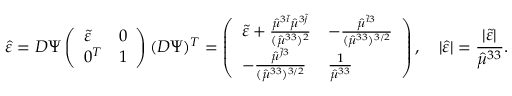
\hat { \varepsilon } = D \Psi \left( \begin{array} { l l } { \tilde { \varepsilon } } & { 0 } \\ { 0 ^ { T } } & { 1 } \end{array} \right) ( D \Psi ) ^ { T } = \left( \begin{array} { l l } { \tilde { \varepsilon } + \frac { \hat { \mu } ^ { 3 \tilde { i } } \hat { \mu } ^ { 3 \tilde { j } } } { ( \hat { \mu } ^ { 3 3 } ) ^ { 2 } } } & { - \frac { \hat { \mu } ^ { \tilde { i } 3 } } { ( \hat { \mu } ^ { 3 3 } ) ^ { 3 / 2 } } } \\ { - \frac { \hat { \mu } ^ { \tilde { j } 3 } } { ( \hat { \mu } ^ { 3 3 } ) ^ { 3 / 2 } } } & { \frac { 1 } { \hat { \mu } ^ { 3 3 } } } \end{array} \right) , \quad \lvert \hat { \varepsilon } \rvert = \frac { \lvert \tilde { \varepsilon } \rvert } { \hat { \mu } ^ { 3 3 } } .